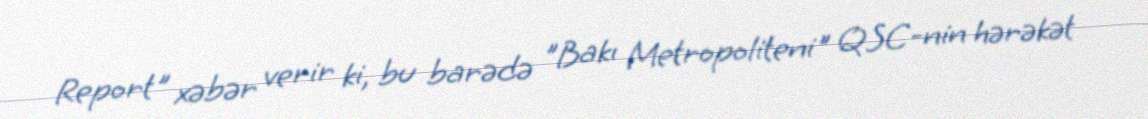
Report" xəbər verir ki, bu barədə "Bakı Metropoliteni" QSC-nin hərəkət